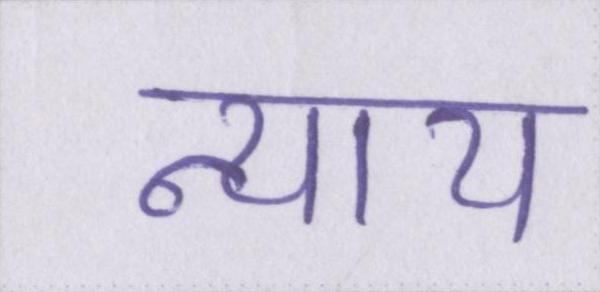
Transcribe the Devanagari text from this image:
न्याय